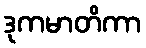
ဒုကမာတိကာ